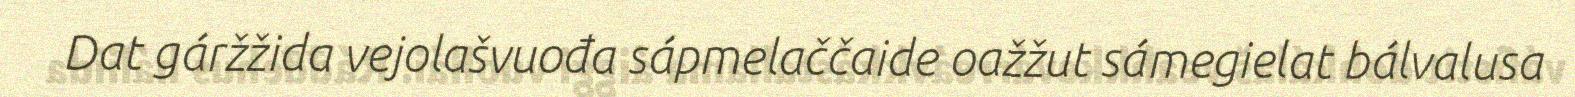
Dat gáržžida vejolašvuođa sápmelaččaide oažžut sámegielat bálvalusa